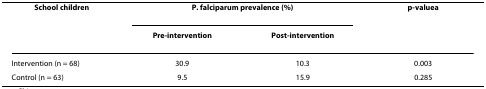
<table><thead><tr><td><b>School children</b></td><td colspan="2"><b><i>P. falciparum </i>prevalence (%)</b></td><td><b><i>p</i>-value<sup>a</sup></b></td></tr><tr><td></td><td><b>Pre-intervention</b></td><td><b>Post-intervention</b></td><td></td></tr></thead><tbody><tr><td>Intervention (n = 68)</td><td>30.9</td><td>10.3</td><td>0.003</td></tr><tr><td>Control (n = 63)</td><td>9.5</td><td>15.9</td><td>0.285</td></tr></tbody></table>